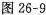
图26-9